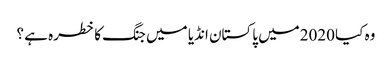
وہ کیا 2020میں پاکستان انڈیا میں جنگ کا خطرہ ہے ؟